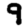
Digit: 9